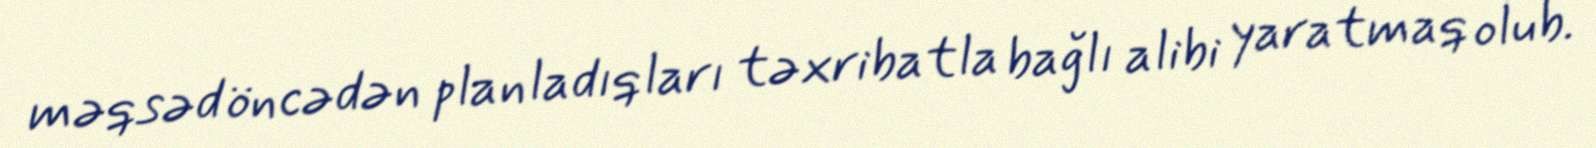
məqsəd öncədən planladıqları təxribatla bağlı alibi yaratmaq olub.